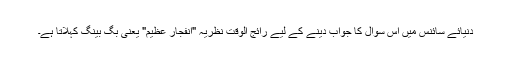
دنیائےِ سائنس میں اس سوال کا جواب دینے کے لیے رائج الوقت نظریہ "انفجارِ عظیم" یعنی بگ بینگ کہلاتا ہے۔